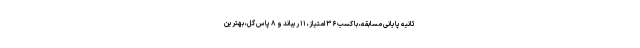
ثانیه پایانی مسابقه، با کسب ۳۶ امتیاز، ۱۱ ریباند و ۸ پاس گل، بهترین